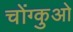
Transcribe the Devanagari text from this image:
चोंग्कुओ